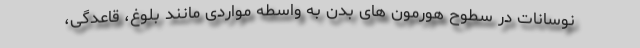
نوسانات در سطوح هورمون های بدن به واسطه مواردی مانند بلوغ، قاعدگی،